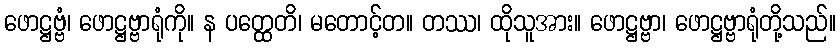
ဖောဋ္ဌဗ္ဗံ၊ ဖောဋ္ဌဗ္ဗာရုံကို။ န ပတ္ထေတိ၊ မတောင့်တ။ တဿ၊ ထိုသူအား။ ဖောဋ္ဌဗ္ဗာ၊ ဖောဋ္ဌဗ္ဗာရုံတို့သည်။